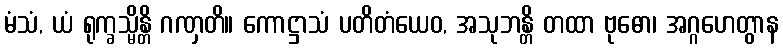
မံသံ, ယံ ရုက္ခသ္မိန္တိ ဂဏှတိ။ ကောဋ္ဌာသံ ပတိတံယေဝ, အသုဘန္တိ တထာ ဗုဓော၊ အဂ္ဂဟေတွာန